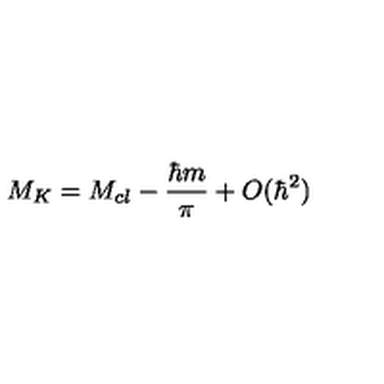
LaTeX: M _ { K } = M _ { c l } - \frac { \hbar m } { \pi } + O ( \hbar ^ { 2 } )